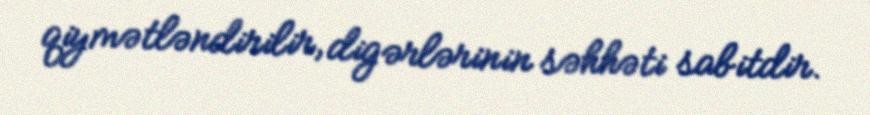
qiymətləndirilir, digərlərinin səhhəti sabitdir.